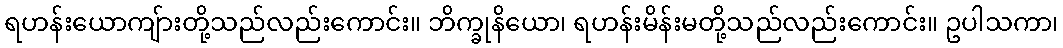
ရဟန်းယောကျ်ားတို့သည်လည်းကောင်း။ ဘိက္ခုနိယော၊ ရဟန်းမိန်းမတို့သည်လည်းကောင်း။ ဥပါသကာ၊